Calcutta medical institutions reports 1892-1900
Year: 1892
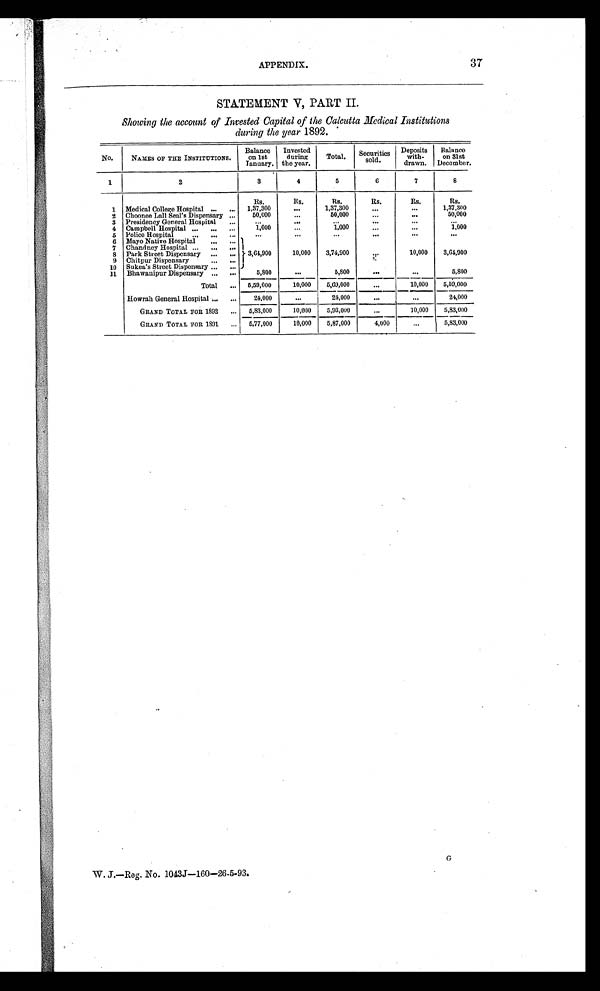
APPENDIX.
37
STATEMENT V, PART II.
Showing the account of Invested Capital of the Calcutta Medical institutions
during the year 1892.
No.
NAMES OF THE INSTITUTIONS.
Balance
on 1st
January.
Invested
during
the year.
Total. Securities
sold.
Deposits
with-
drawn.
Bal a n c e o n 3 1 s t
December.
1
2
3
4
5
6
7
8
Rs.
R s .
Rs.
Rs.
Rs.
Rs.
1 Medical College Hospital
1,37,300
1,37,300
1,37,300
2 Choonee Lall Seal's Dispensary
50,000
50,000
50,000
3 Presidency General Hospital
4 Campbell Hospital
1,000
1,000
1,000
5 Police Hospital
6 Mayo Native Hospital
3,64,900
10,000
3,74,900
10,000
3,64,900
7 Chandney Hospital
8 Park Street Dispensary
9 Chitpur Dispensary
10 Sukea's Street Dispensary
11 Bhawanipur Dispensary
5,800
5,800
5,800
Total
5,59,000
10,000
5,69,000
10,000
5,59,000
Howrah General Hospital
24,000
24,000
24,000
GRAND TOTAL FOR 1892
5,83,000
10,000
5,93,000
10,000
5,83,000
GRAND TOTAL FOR 1891 5,77,000
10,000
5,87,000
4,000
5,83,000
W. J.—Reg. No. 1043J-160-26-5-93.